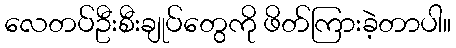
လေတပ်ဦးစီးချုပ်တွေကို ဖိတ်ကြားခဲ့တာပါ။